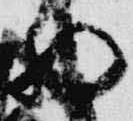
納